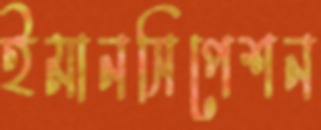
ইমানসিপেশন